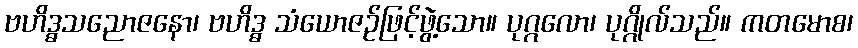
ဗဟိဒ္ဓသညောဇနော၊ ဗဟိဒ္ဓ သံယောဇဉ်ဖြင့်ဖွဲ့သော။ ပုဂ္ဂလော၊ ပုဂ္ဂိုလ်သည်။ ကတမောစ၊